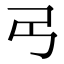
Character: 𢎠